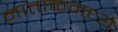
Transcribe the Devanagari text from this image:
नाताळमध्ये